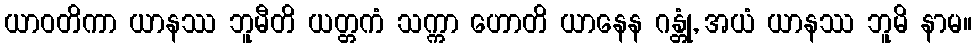
ယာဝတိကာ ယာနဿ ဘူမီတိ ယတ္တကံ သက္ကာ ဟောတိ ယာနေန ဂန္တုံ, အယံ ယာနဿ ဘူမိ နာမ။